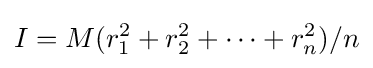
I=M(r_{1}^{2}+r_{2}^{2}+\cdots +r_{n}^{2})/n